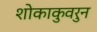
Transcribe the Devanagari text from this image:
शोकाकुवरुन